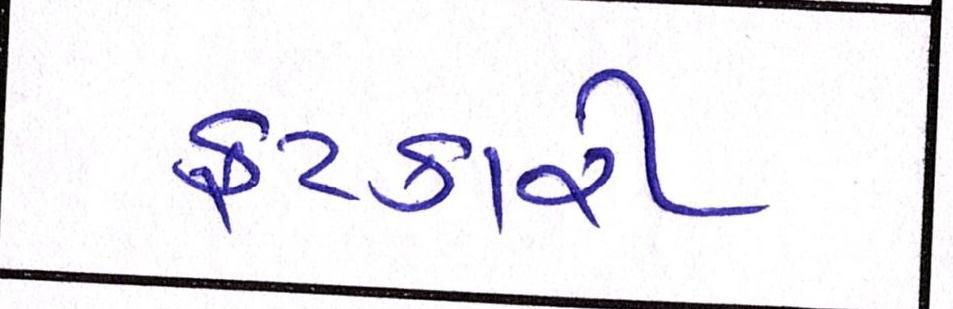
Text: ફટકારી